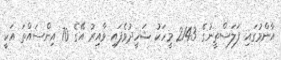
އާންމުގައި ފަލަސްތީނުގެ 2143 މީހަކު ޝަހީދުވެފައި ވާއިރު އޭގެ 70 އިންސައްތަ އަކީ